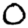
Digit: 0